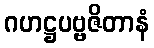
ဂဟဋ္ဌပဗ္ဗဇိတာနံ